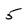
Character: 5